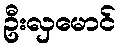
ဦးလှမောင်